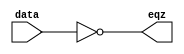
`timescale 1ns / 1ps
//////////////////////////////////////////////////////////////////////////////////
// Company: 
// Engineer: 
// 
// Design Name: 
// Module Name:    eqz 
// Project Name: 
// Target Devices: 
// Tool versions: 
// Description: 
//
// Dependencies: 
//
// Revision: 
// Revision 0.01 - File Created
// Additional Comments: 
//
//////////////////////////////////////////////////////////////////////////////////
module eqz(eqz,data);
input [15:0] data;
output eqz;
assign eqz= (data == 0);
endmodule